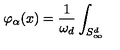
\varphi _ { \alpha } ( x ) = \frac { 1 } { \omega _ { d } } \int _ { S _ { \infty } ^ { d } }